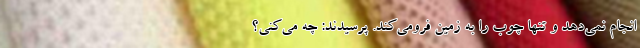
انجام نمی‌دهد و تنها چوب را به زمین فرومی‌کند. پرسیدند: چه می‌کنی؟